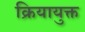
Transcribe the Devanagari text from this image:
क्रियायुक्त